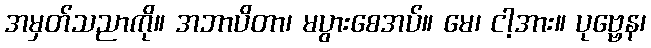
အမှတ်သညာကို။ အဘာပိတာ၊ မပွားစေအပ်။ မေ၊ ငါ့အား။ ပုဗ္ဗေန၊